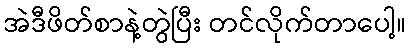
အဲဒီဖိတ်စာနဲ့တွဲပြီး တင်လိုက်တာပေါ့။